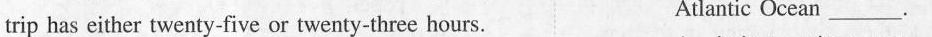
trip has either twenty-five or twenty-three hours. Atlantic Ocean ___